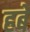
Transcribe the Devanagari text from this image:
हबे